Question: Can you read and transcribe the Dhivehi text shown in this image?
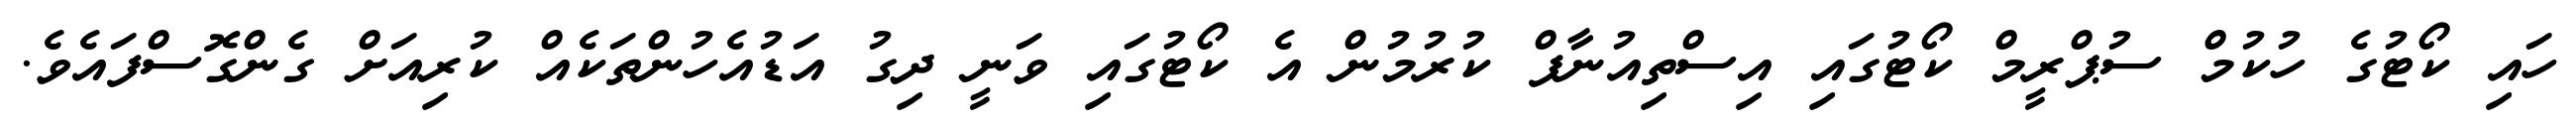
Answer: ހައި ކޯޓުގެ ހުކުމް ސުޕްރީމް ކޯޓުގައި އިސްތިއުނާފް ކުރުމުން އެ ކޯޓުގައި ވަނީ ދިގު އަޑުއެހުންތަކެއް ކުރިއަށް ގެންގޮސްފައެވެ.